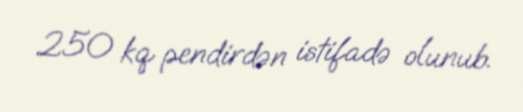
250 kq pendirdən istifadə olunub.